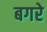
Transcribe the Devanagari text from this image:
बगरे